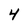
Character: 4